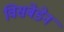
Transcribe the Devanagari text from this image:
विसबेडेन